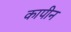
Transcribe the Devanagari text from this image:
कापीन